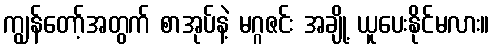
ကျွန်တော့်အတွက် စာအုပ်နဲ့ မဂ္ဂဇင်း အချို့ ယူပေးနိုင်မလား။